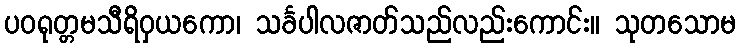
ပဝရုတ္တမသီရိဝှယကော၊ သင်္ခပါလဇာတ်သည်လည်းကောင်း။ သုတသောမ